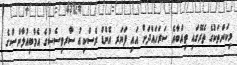
މިކަންތަކުގެ ތެރޭގައި ތިއްބާއެ ސަރަހައްދަށް އައި ފަޔަރ އެންޑް ރެސްކިއު ސާރވިސެސްގެ އެމްބިއުލާންސްގެ